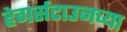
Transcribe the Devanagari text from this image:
हेगर्सटाउनच्या